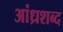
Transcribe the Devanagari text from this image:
आंध्रशब्द